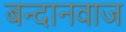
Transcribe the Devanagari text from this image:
बन्दानवाज